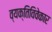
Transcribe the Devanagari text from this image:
व्यक्तिविवेकार